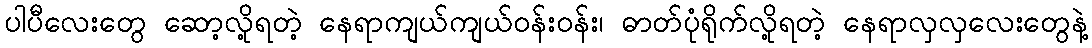
ပါပီလေးတွေ ဆော့လို့ရတဲ့ နေရာကျယ်ကျယ်ဝန်းဝန်း၊ ဓာတ်ပုံရိုက်လို့ရတဲ့ နေရာလှလှလေးတွေနဲ့